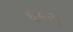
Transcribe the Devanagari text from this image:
६५२९